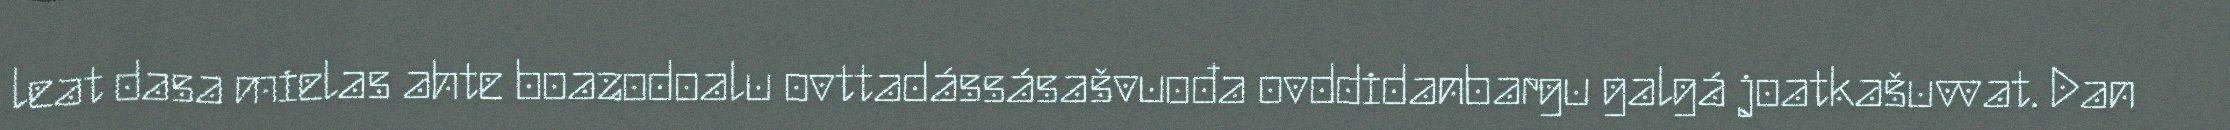
leat dasa mielas ahte boazodoalu ovttadássásašvuođa ovddidanbargu galgá joatkašuvvat. Dan